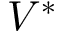
V ^ { * }